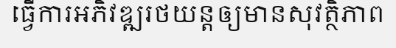
ធ្វើការអភិវឌ្ឍរថយន្តឲ្យមានសុវត្ថិភាព